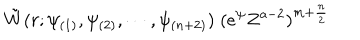
LaTeX: \tilde { W } ( r ; \psi _ { ( 1 ) } , \psi _ { ( 2 ) } , \cdots , \psi _ { ( n + 2 ) } ) \; ( e ^ { \psi } Z ^ { a - 2 } ) ^ { m + \frac { n } { 2 } } \;